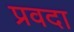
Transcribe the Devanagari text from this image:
प्रवदा